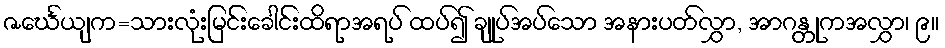
ဇင်္ဃေယျက=သားလုံးမြင်းခေါင်းထိရာအရပ် ထပ်၍ ချုပ်အပ်သော အနားပတ်လွှာ, အာဂန္တုကအလွှာ၊ ၉။